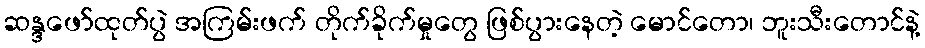
ဆန္ဒဖော်ထုတ်ပွဲ အကြမ်းဖက် တိုက်ခိုက်မှုတွေ ဖြစ်ပွားနေတဲ့ မောင်တော၊ ဘူးသီးတောင်နဲ့